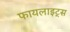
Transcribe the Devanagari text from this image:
फायलाइट्स